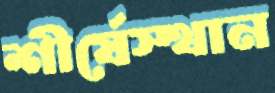
শীর্ষেস্থান